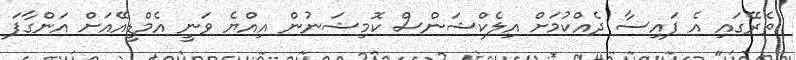
ތެރޭގައި އެ ފައިސާ ދެއްކުމަށް އިލެކްޝަންސް ކޮމިޝަނުން އިއްޔެ ވަނީ އެމްޑީއޭއަށް އަންގާފަ